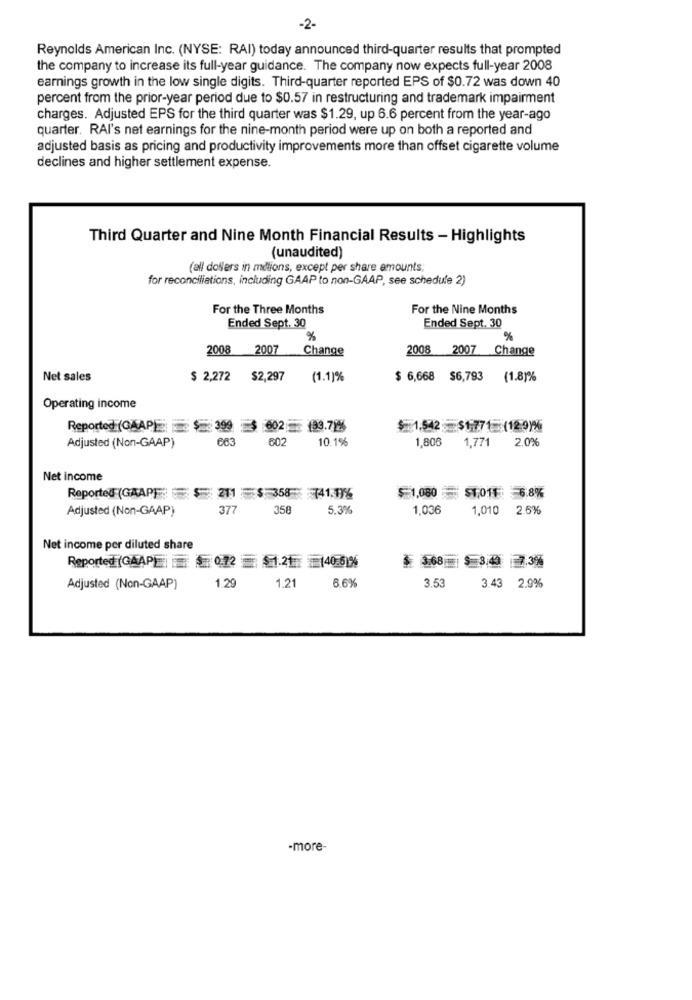
-2-
Reynolds American Inc. (NYSE: RAI) today announced third-quarter results that prompted
the company to increase its full-year guidance. The company now expects full-year 2008
earnings growth in the low single digits. Third-quarter reported EPS of $0.72 was down 40
percent from the prior-year period due to $0.57 in restructuring and trademark impairment
charges. Adjusted EPS for the third quarter was $1.29, up 6.6 percent from the year-ago
quarter. RAI's net earnings for the nine-month period were up on both a reported and
adjusted basis as pricing and productivity improvements more than offset cigarette volume
declines and higher settlement expense.
Third Quarter and Nine Month Financial Results - Highlights
(unaudited)
(all doffers in milions, except per share amounts;
for reconciliations, including GAAP to non-GAAP, see schedule 2)
For the Three Months
For the Nine Months
Ended Sept. 30
Ended Sept. 30
%
%
2008
2007
Change
2008 2007 Change
Net sales
$ 2,272
$2,297
(1.1)%
$ 6,668 $6,793 (1.8)%
Operating income
Reported (GAAP) $ 399 $ 602- 93.7)%
1.542 $1.771 (120)
663
602
10.1%
1,806
1,771 2.0%
Adjusted (Non-GAAP)
Net income
Reported (GAAPF
211 $ 358 - 741:116
$ 1,080 $1.011 : 6.8%
Adjusted (Non-GAAP)
377
358
5.3%
1,036
1,010 2.6%
Net income per diluted share
$ 3.68 |$ 3.43 7.3%
Reported (GAAP| 0.72 $1.21 40.6)%
1.29
1.21
6.6%
3.53
Adjusted (Non-GAAP)
3.43 2.9%
-more-